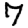
Digit: 7